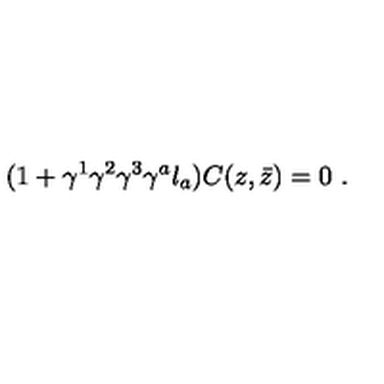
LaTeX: ( 1 + \gamma ^ { 1 } \gamma ^ { 2 } \gamma ^ { 3 } \gamma ^ { a } l _ { a } ) C ( z , \bar { z } ) = 0 \ .